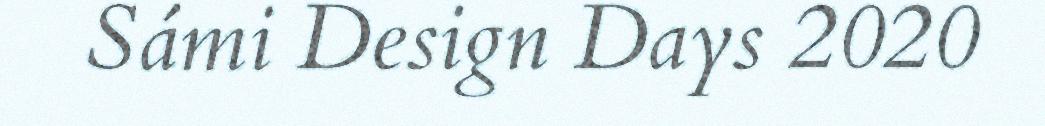
Sámi Design Days 2020